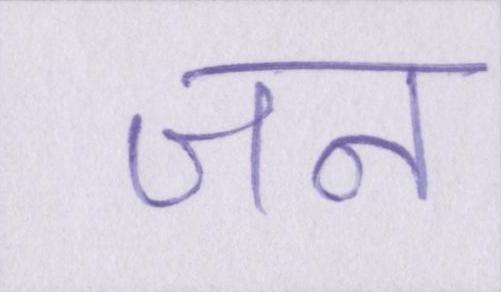
जन